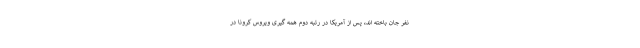
نفر جان باخته اند، پس از آمریکا در رتبه دوم همه گیری ویروس کرونا در